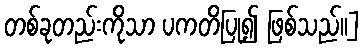
တစ်ခုတည်းကိုသာ ပကတိပြု၍ ဖြစ်သည်၊၊]